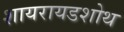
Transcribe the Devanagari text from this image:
शायरायडशोथ